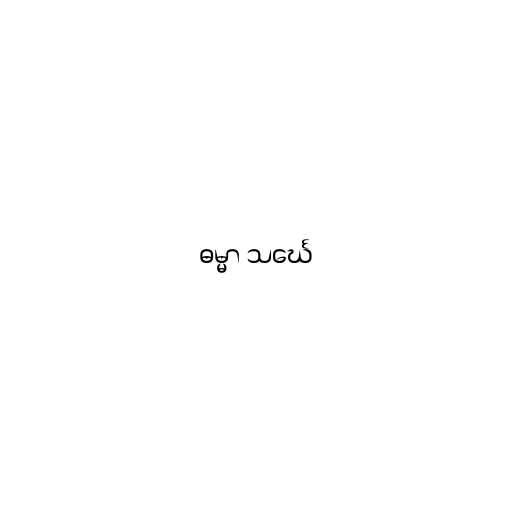
ဓမ္မာ သင်္ဃေ